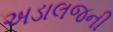
અડાલજની